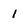
Character: 1